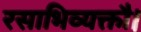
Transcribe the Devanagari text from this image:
रसाभिव्यक्तौ।